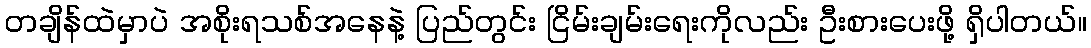
တချိန်ထဲမှာပဲ အစိုးရသစ်အနေနဲ့ ပြည်တွင်း ငြိမ်းချမ်းရေးကိုလည်း ဦးစားပေးဖို့ ရှိပါတယ်။